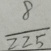
\frac { 8 } { 2 2 5 }